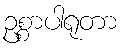
ဥစ္စာပါရုတာ